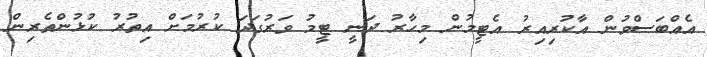
އެއްބަސްވުން އާކުރިއިރު އެޓީމުން މިހާރު ދަނީ ޓީމު ވަރުގަދަ ކުރުމަށް އިތުރު ކުޅުންތެރިން